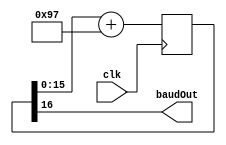

module baudgenerator(
	input clk,
	output baudOut
);

	//parameter ClkFrequency = 25000000; // 25 MHz
	parameter ClkFrequency = 50000000; // 50 MHz 
	parameter Baud = 115200;
	parameter BaudGeneratorAccWidth = 16;
	//parameter BaudGeneratorInc = (Baud<<BaudGeneratorAccWidth)/ClkFrequency;
	parameter BaudGeneratorInc = ((Baud<<(BaudGeneratorAccWidth-4))+(ClkFrequency>>5))/(ClkFrequency>>4);
	
	reg [BaudGeneratorAccWidth:0] BaudGeneratorAcc;
	always @(posedge clk) begin
		BaudGeneratorAcc <= BaudGeneratorAcc[BaudGeneratorAccWidth-1:0] + BaudGeneratorInc;
	end
		
	wire BaudTick = BaudGeneratorAcc[BaudGeneratorAccWidth];
	assign baudOut=BaudTick;
	
	endmodule